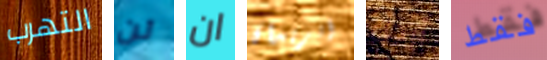
التهرب لن ان أتريدان أرجل فقط